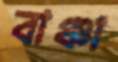
বাঞ্চা